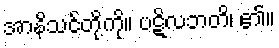
အာနိသင်တို့ကို။ ပဋိလဘတိ၊ ၏။